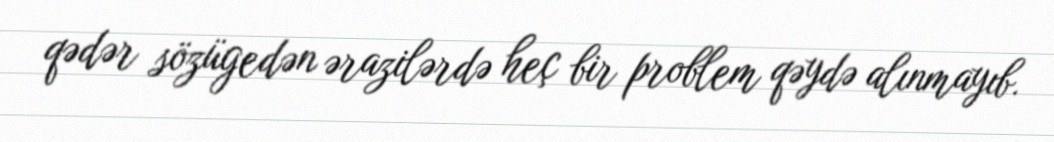
qədər sözügedən ərazilərdə heç bir problem qəydə alınmayıb.